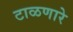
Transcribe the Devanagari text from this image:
टाळणारे